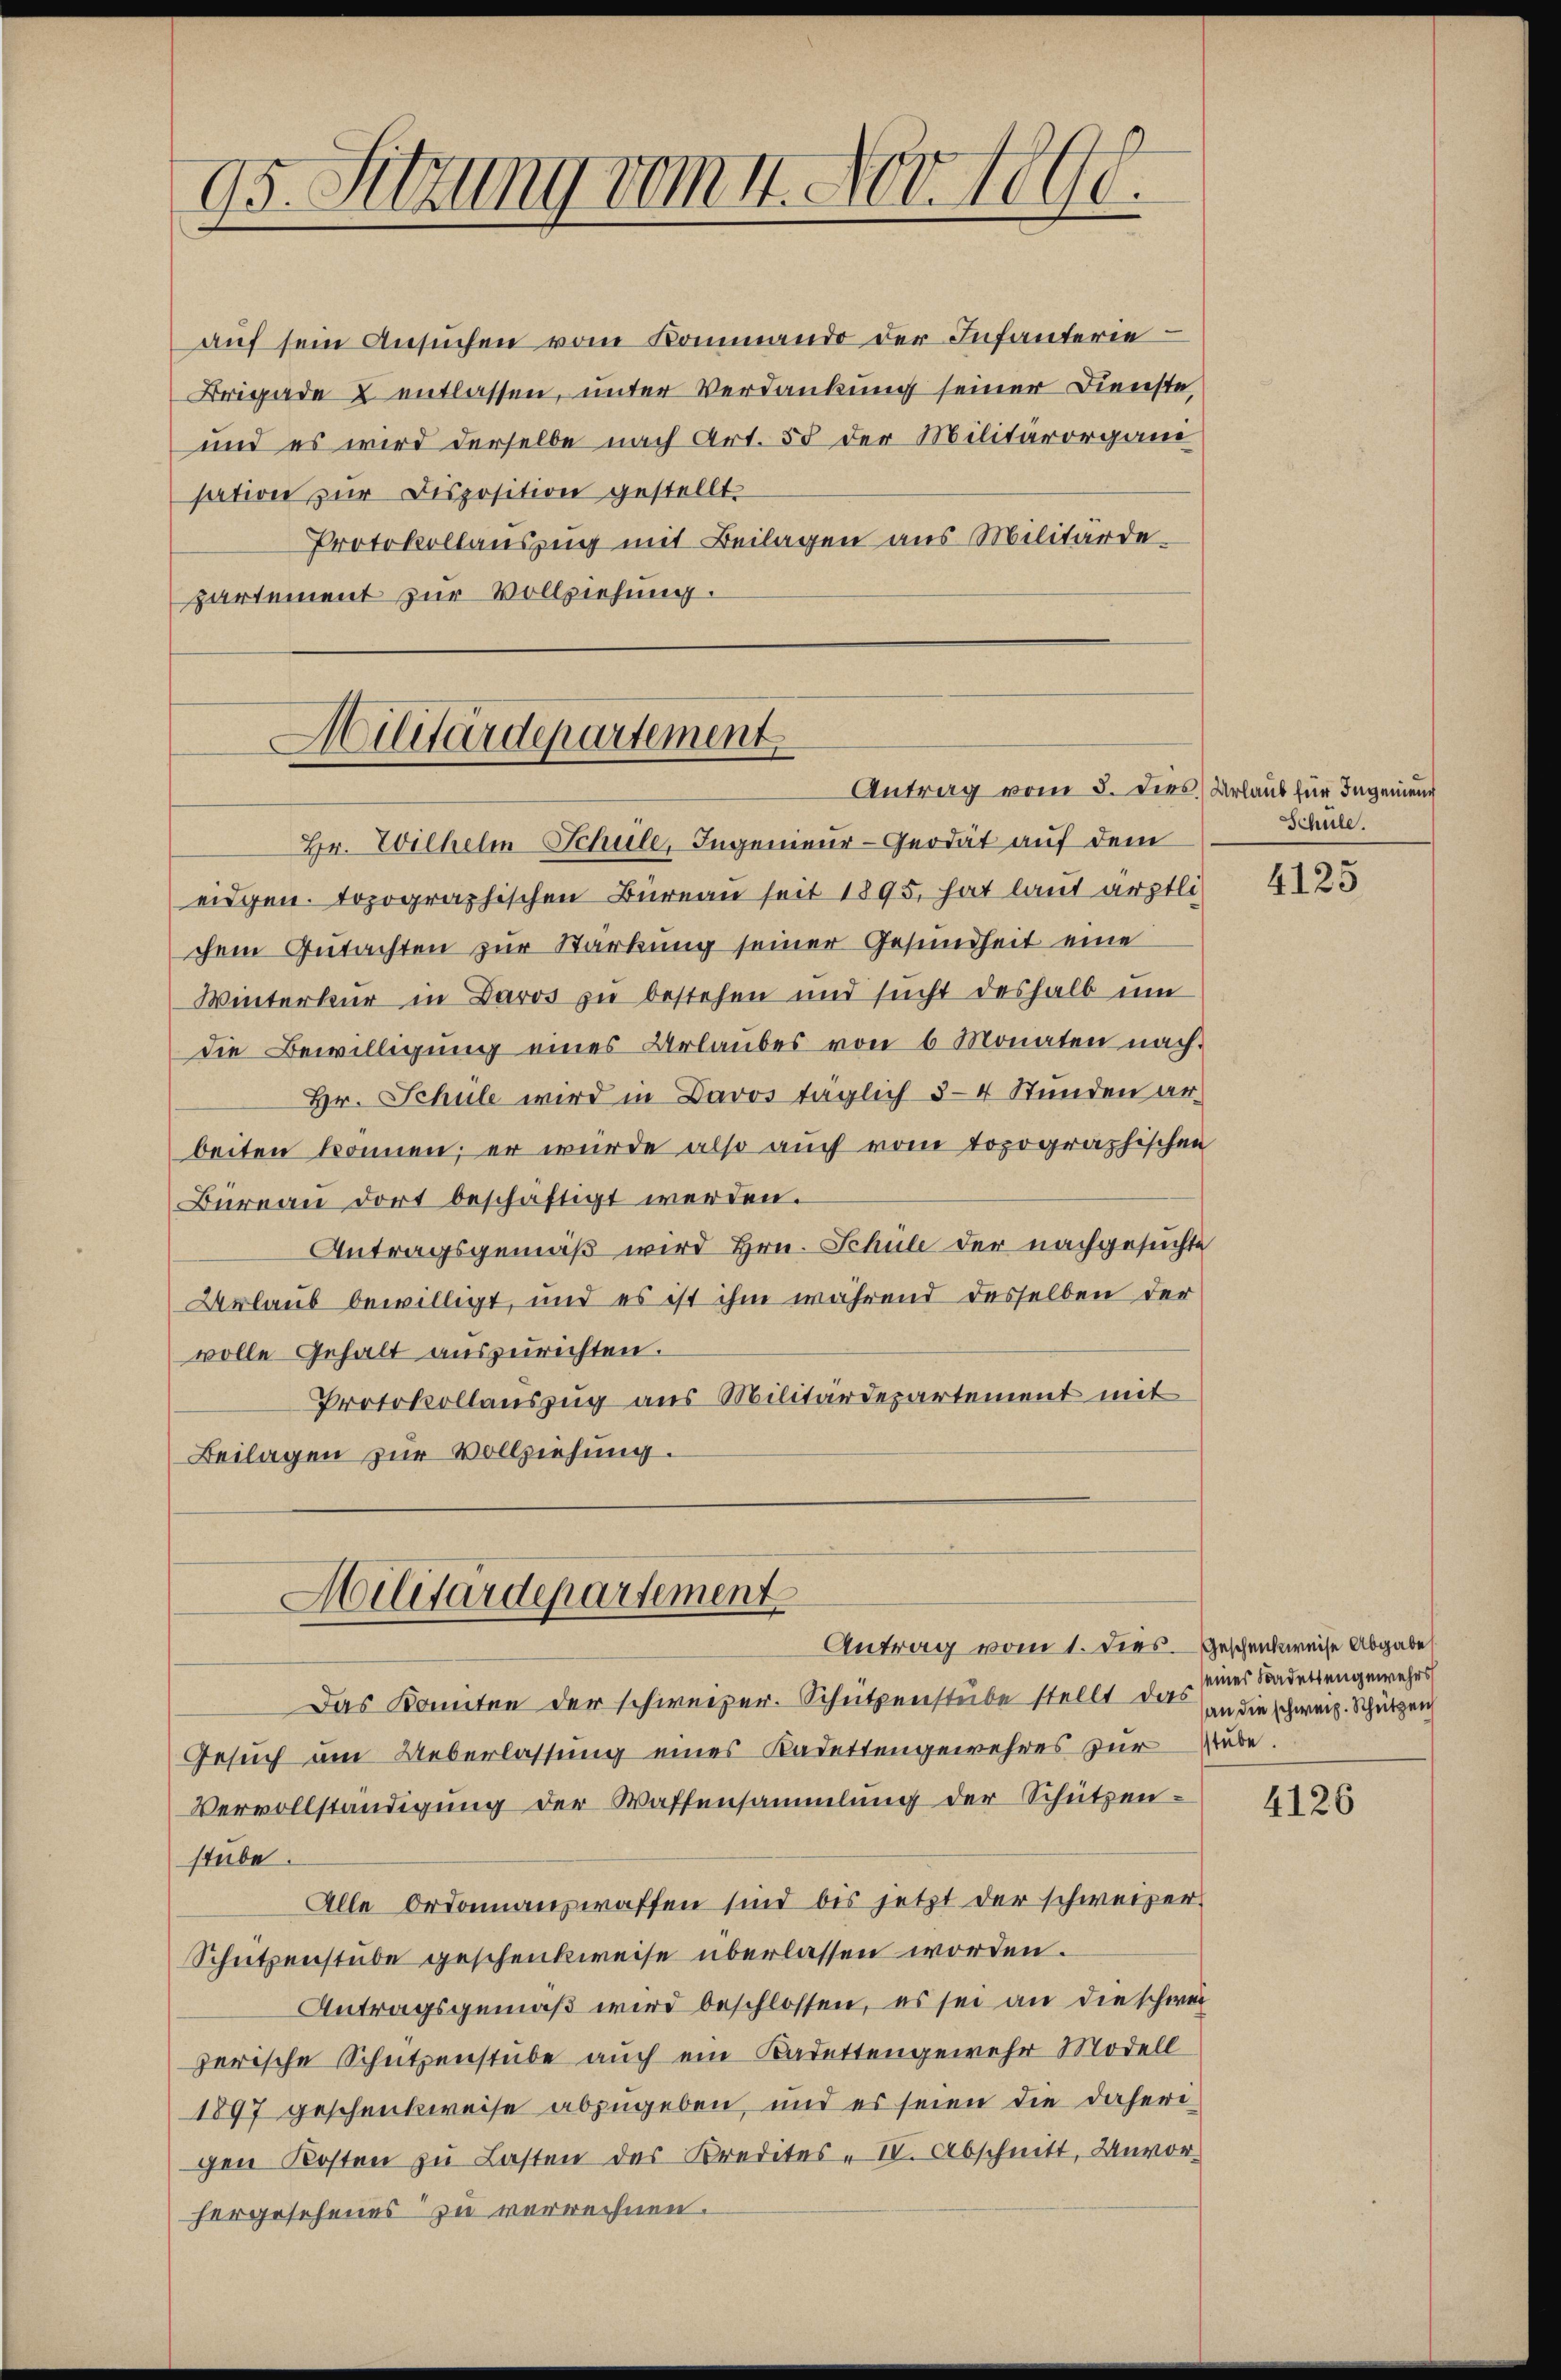
aŭf sein Ansŭchen vom Kommando der Infanterie
Brigade 2 entlassen, unter Verdankung seiner Dienste,
und es wird derselbe nach Art. 55 der Militärorgani
sation zur Disposition gestellt.
Protokollauszug mit Beilagen aus Militärde-
partement zur Vollziehung.

95. Sitzung vom 4. Nov. 1890.

Militärdepartement
Antrag vom 5. dies Urlaub für Ingenieu

chem Gutachten zur Stärkung seiner Gesundheit eine
Winterkur in Baros zu bestehen und sucht deshalb um
die Bewilligung eines Urlaubes von 6 Monaten nach.
Hr. Schule wird in Davos täglich 3-4 Stunden ar
beiten können; er wurde also auch vom topographischen
Büreau dort beschäftigt werden.
Antragsgemäß wird Hrn. Schule der nachgesuchte
Urlaub bewilligt, und es ist ihm während desselben der
volle Gehalt auszurichten.
Protokollauszug aus Militärdepartement mit
Beilagen zur Vollziehung.
Hilitärdepartement
Antrag vom 1. dies Geschenkweise Abgabe
Das konnten der schweizer. Schützenstube stellt das
Gesuch am Ueberlassung eines Kadettengewehres zur
Vervollständigung der Waffensammlung der Schützen-
stube.
Alle Ordonnanzwaffen sind bis jetzt der schweizer
Schützenstube geschenkweise überlassen worden.
Antragsgemäß wird beschlossen, es sei an die schwei
zerische Schützenstube auch ein Kadettengewehr Modell
1897 geschenkweise abzugeben, und es seien die daherigen Kosten zu Lasten des Kredites - IV. Abschnitt, Unvor
hergesehenes zu verrechnen.

Hr. Wilhelm Schule, Ingenieur-Qeodät auf dem
eidgen. Topographischen Büreau seit 1895, hat laut ärztli

Schule.

4125

seines Kadettengewehrs
an die schweiz. Schützen
stube.

4126